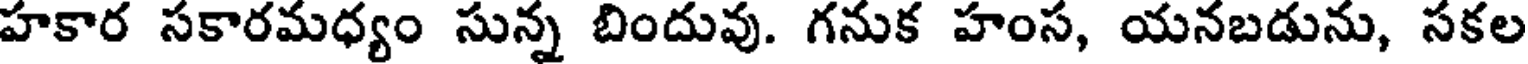
హకార సకారమధ్యం సున్న బిందువు. గనుక హంస, యనబడును, సకల